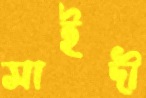
সাইদী